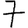
Digit: 7